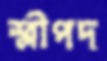
শ্লীপদ